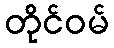
တိုင်ဝမ်